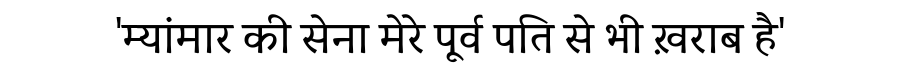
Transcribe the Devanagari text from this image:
'म्यांमार की सेना मेरे पूर्व पति से भी ख़राब है'